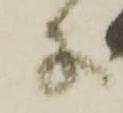
子